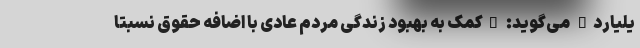
یلیارد" می‌گوید:‌ "کمک به بهبود زندگی مردم عادی با اضافه حقوق نسبتا